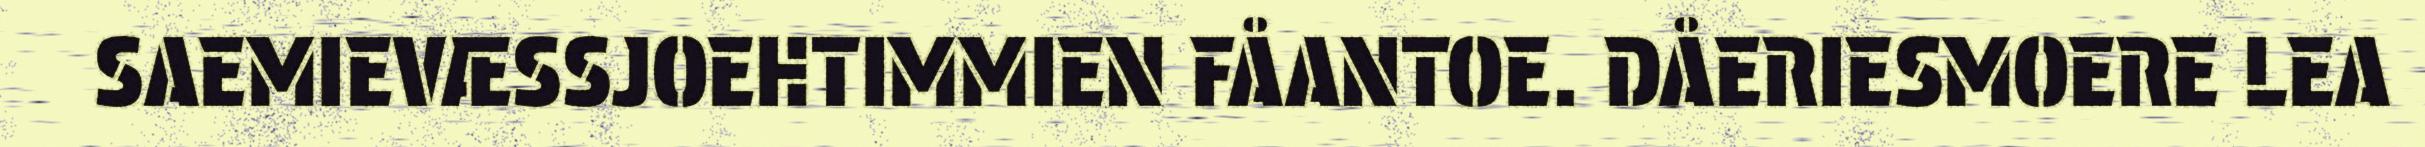
SAEMIEVÆSSJOEHTIMMIEN FÅANTOE. DÅERIESMOERE LEA